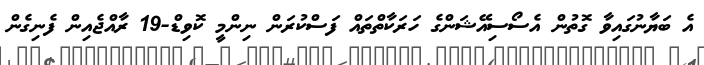
އެ ބަޔާނުގައިވާ ގޮތުން އެސޯސިއޭޝަންގެ ހަރަކާތްތައް ފަސްކުރަން ނިންމީ ކޮވިޑް-19 ރާއްޖެއިން ފެނިގެން